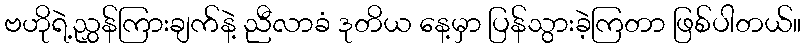
ဗဟိုရဲ့ညွှန်ကြားချက်နဲ့ ညီလာခံ ဒုတိယ နေ့မှာ ပြန်သွားခဲ့ကြတာ ဖြစ်ပါတယ်။